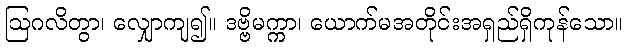
ဩဂလိတွာ၊ လျှောကျ၍။ ဒဗ္ဗိမက္ကာ၊ ယောက်မအတိုင်းအရှည်ရှိကုန်သော။